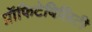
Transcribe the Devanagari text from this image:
प्रॉफिटेबिलिटी